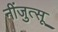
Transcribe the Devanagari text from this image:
नींजुत्सू